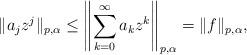
LaTeX: \begin{align*}\|a_j z^j\|_{p,\alpha}\leq \left\|\sum_{k=0}^\infty a_k z^k\right\|_{p,\alpha}=\|f\|_{p,\alpha},\end{align*}